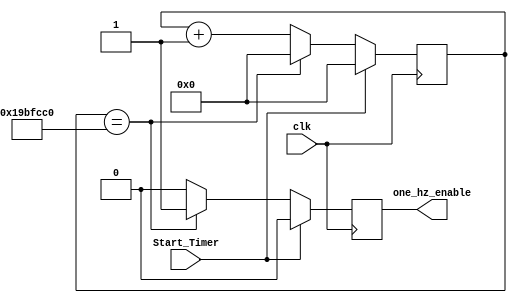
`timescale 1ns / 1ps
//////////////////////////////////////////////////////////////////////////////////
// Company: 
// Engineer: 
// 
// Design Name: 
// Module Name:    Divider 
// Project Name: 
// Target Devices: 
// Tool versions: 
// Description: 
//
// Dependencies: 
//
// Revision: 
// Revision 0.01 - File Created
// Additional Comments: 
//
//////////////////////////////////////////////////////////////////////////////////
module Divider #(parameter clock_27mhz=27000000)(input clk,input Start_Timer,
	output reg one_hz_enable);
//The divider converts the 27MHz master clock into an one_hz_enable signal that's asserted for just 1 cycle out of every 27,000,000 cycles
	
	reg [25:0] counter=0;     
	
	always @ (posedge clk) begin	 
		one_hz_enable<=0;		
		if (Start_Timer) begin
			counter<=0;
		end else if (counter==clock_27mhz) begin
			one_hz_enable<=1;
			counter<=0;
		end else begin
			counter<=counter+1;
		end
	end

endmodule